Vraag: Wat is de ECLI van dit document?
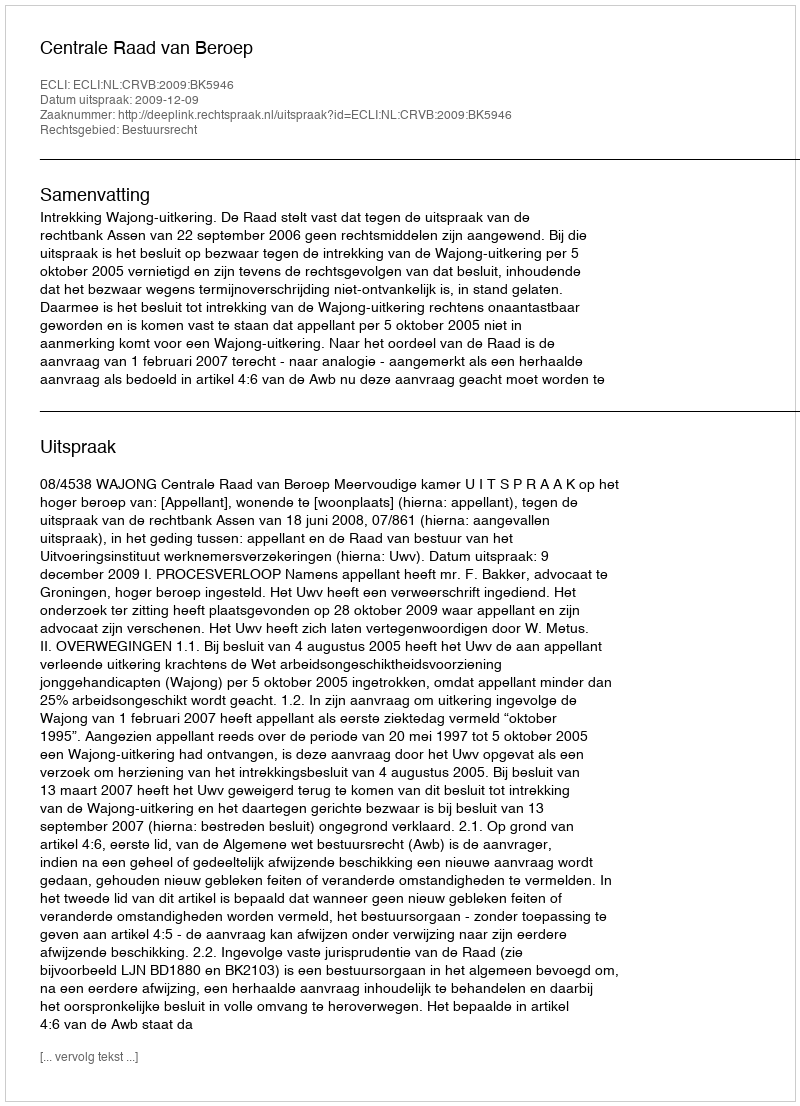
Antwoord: ECLI:NL:CRVB:2009:BK5946